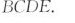
BCDE。